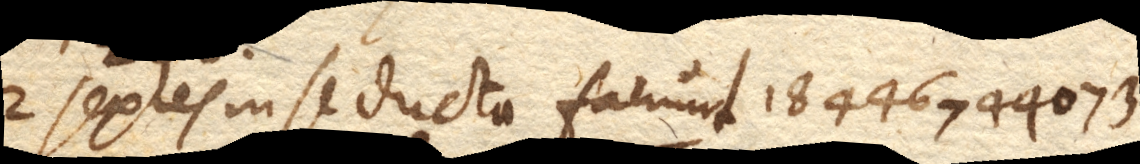
2 sexies in se ducta faciunt 18446744073